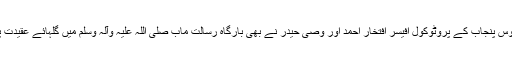
گورنر ہائوس پنجاب کے پروٹوکول آفیسر افتخار احمد اور وصی حیدر نے بھی بارگاہ رسالت مآب صلی اللہ علیہ وآلہ وسلم میں گلہائے عقیدت پیش کیے۔